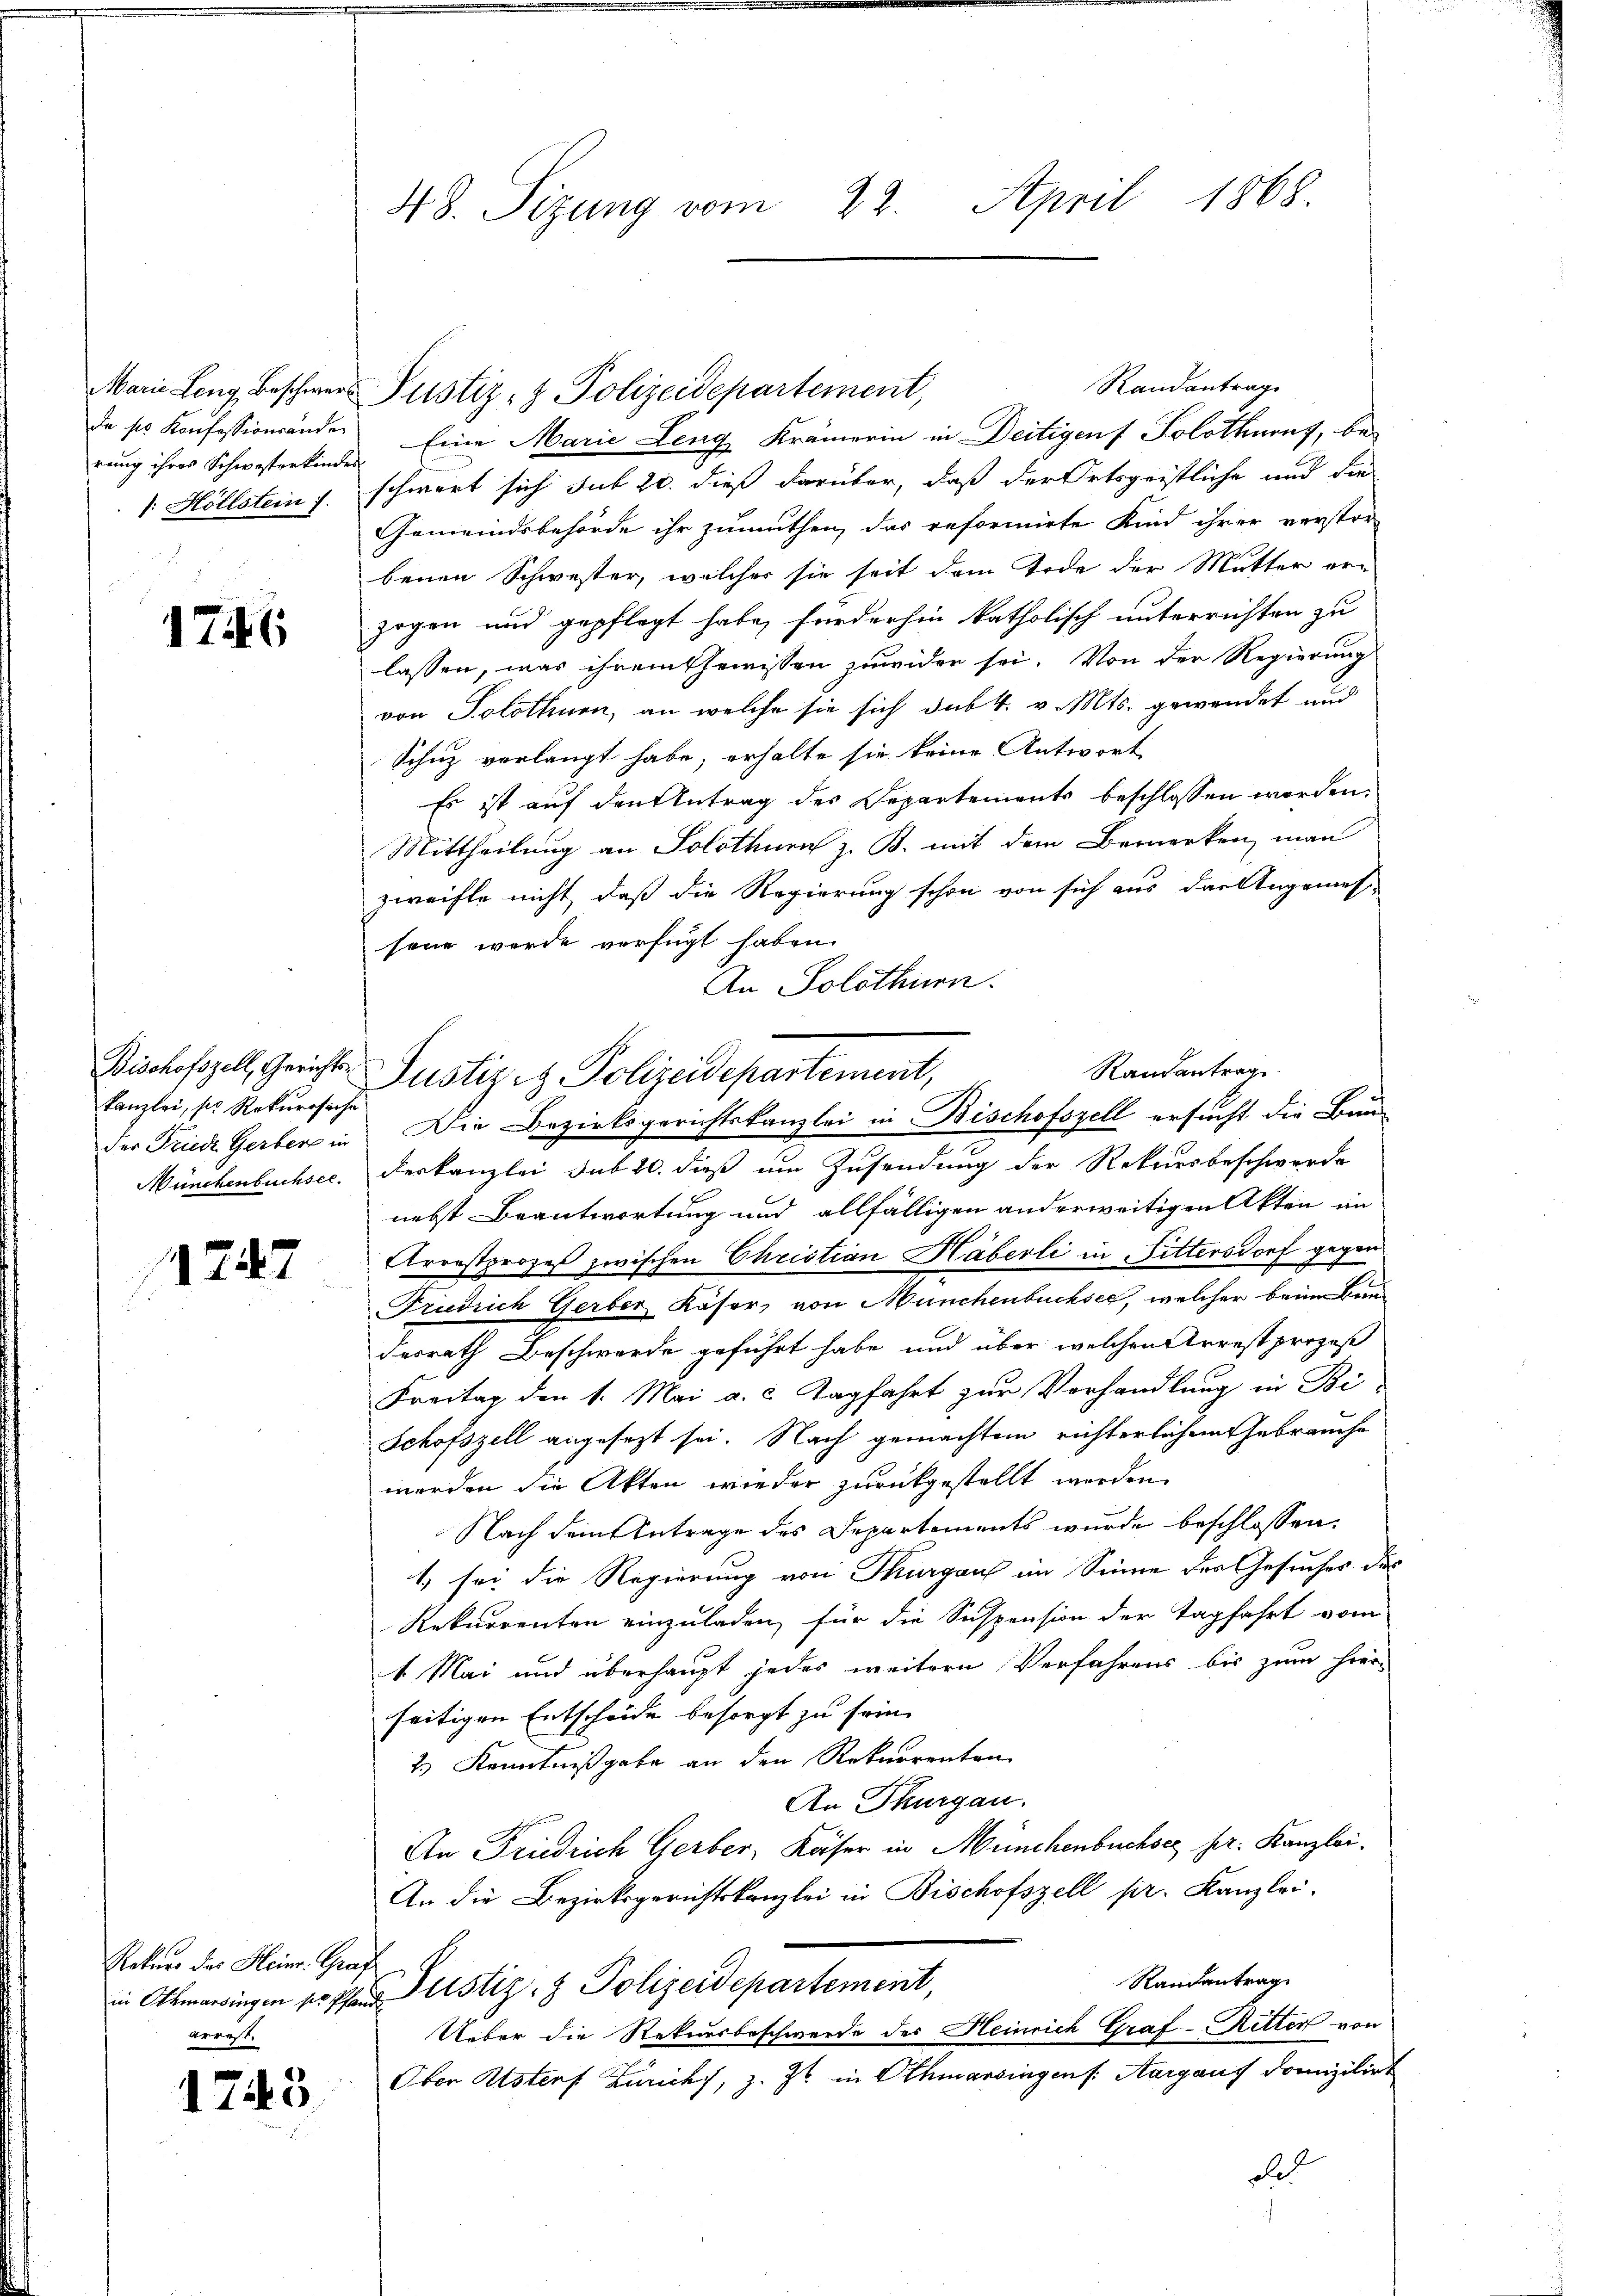
Marie Leng, Beschwer
de ses Konfessionsänder
rung ihres Schwesterkindes
: Höllstein f

1746

Kanzlei, ser Rekurssache
der Friede Gerberg in

1747

Rekurs des Heinr. Graf
in Athmarsingen sr Pfan
Arrest.

1745

48. Sizung vom 22. April 1868.

Randantrage
Eine Marie Leng Krämerin in Deitigen Solothurns, be-
schwert sich sub 20. dieß darüber, daß der Ortsgeistliche und die
Gemeindsbehörde ihr zumuthen, das reformirte Kind ihrer verstor-
benen Schwester, welcher sie seit dem Tode der Mutter er-
zogen und gepflegt habe, fürderhin katholisch unterrichten zu
lassen, was ihrem Chemissen zuwider sei. Von der Regierung
von Solothurn, an welche sie sich sub 4. v. Mts. gewendet und
Schuz verlangt habe, erhalte sie keine Antwort
Es ist auf den Antrag des Departements beschlossen worden.
Mittheilung an Solothurn z. B. mit dem Bemerken man
zweifle nicht, daß die Regierung schon von sich aus der Angemes
sene werde verfügt haben.
An Solothurn.
Münchenbuchsec. Verkanzlei sub 20. dieß um Zusendung der Rekursbeschwerde
nebst Beantwortung und allfälligen anderweitigen Akten im
Arrestprozeß zwischen Christian Häberli in Pittersdorf gegen
Friedrich Gerber Käser, von Münchenbuchsee, welcher beiben
desrath Beschwerde geführt habe und über welchen Arrest prozeß
Freitag den 1. Mai a. c. Tagfahrt zur Verhandlung in Bi
Schofszell angesezt sei. Nach gemachtem richterlichen Gebrauche
werden die Akten wieder zurückgestellt werden.
Nach dem Antrage des Departements wurde beschlossen:
1) sei die Regierung von Thurgau im Sinne der Gesuches das
Rekurrenten einzuladen, für die Suspension der Tagfahrt vom
1 Mai und überhaupt jedes weitern Verfahrens bis zum hier
seitigen Entscheide besorgt zu sein.
2) Kenntnißgabe an den Rekurrenten
An Thurgau.
An Friedrich Gerber, Käser in Münchenbuchser pr. Kanzlei.
An die Bezirksgerichtskanzlei in Bischofszell pr. Kanzlei.
Randantrag
Justiz- & Polizeidepartement,
Ueber die Rekursbeschwerde des Heinrich Graf - Ritter von
Ober Absterf Zürich, z. Zt. in Athmarsingens. Aargaus domizilirt
de

Justiz- & Polizeidepartement,

Randantrag
Bischofszell, Gerichts Justiz & Polizeidepartement,
Die Bezirksgerichtskanzlei in Bischofszell ersucht die Bau-